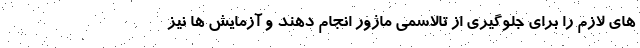
های لازم را برای جلوگیری از تالاسمی ماژور انجام دهند و آزمایش ها نیز